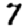
Digit: 7